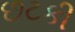
છટકી